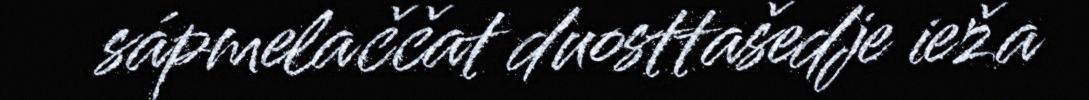
sápmelaččat duosttašedje ieža